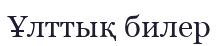
Ұлттық билер